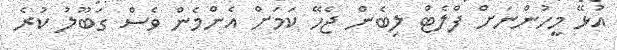
އުޅޭ މީހުންނަށް ފްލެޓް ލިބެން ޖެހޭ ކަމަށް އެންމެން ވެސް ގަބޫލު ކުރެ